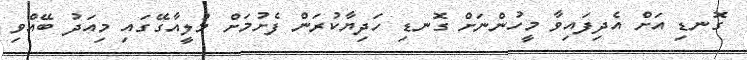
ގޮނޑި އަށް އެދިފައިވާ މީހުންނަށް ގޮނޑި ހަދިޔާކުރަން ފެށުމަށް މުލީއާގޭގައި މިއަދު ބޭއްވި